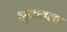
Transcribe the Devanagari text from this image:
झुकवला